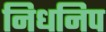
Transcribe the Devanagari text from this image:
निधनिप